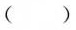
（）